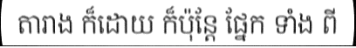
តារាង ក៏ដោយ ក៏ប៉ុន្តែ ផ្នែក ទាំង ពី